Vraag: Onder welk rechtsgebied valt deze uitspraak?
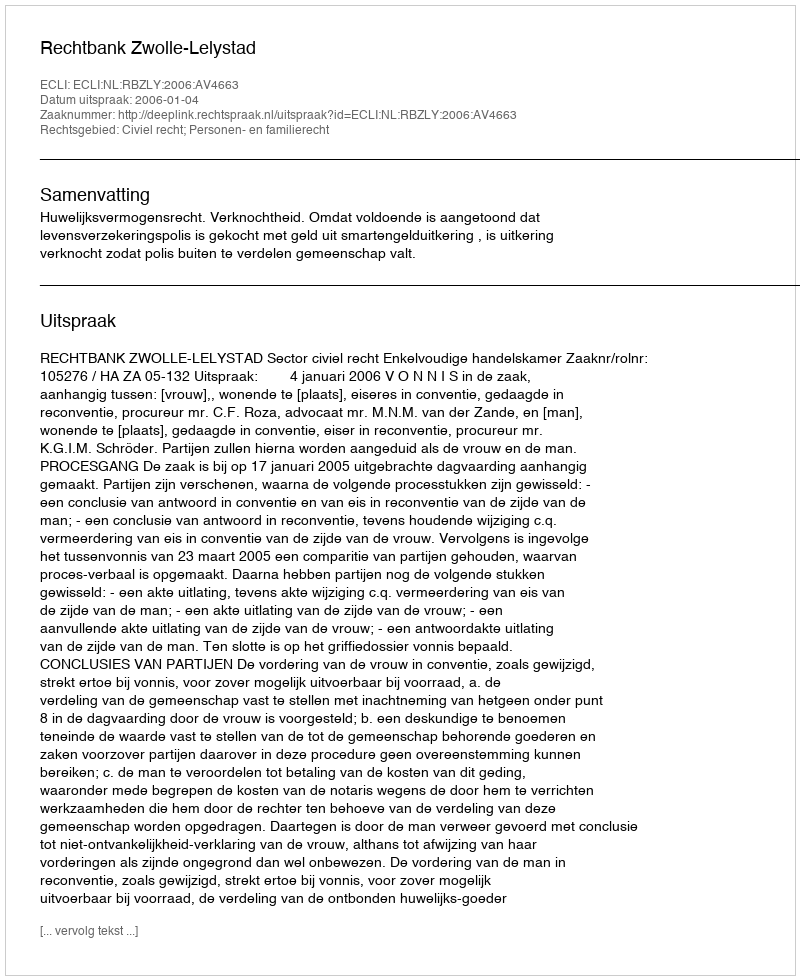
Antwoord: Civiel recht; Personen- en familierecht